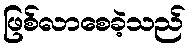
ဖြစ်လာစေခဲ့သည်